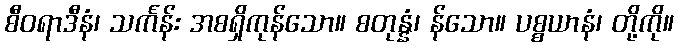
စီဝရာဒီနံ၊ သင်္ကန်း အစရှိကုန်သော။ စတုန္နံ၊ န်သော။ ပစ္စယာနံ၊ တို့ကို။